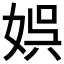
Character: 娯